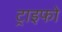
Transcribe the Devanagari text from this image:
ट्राइफो